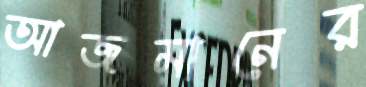
আজমানের